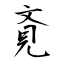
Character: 斍